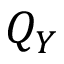
Q _ { Y }